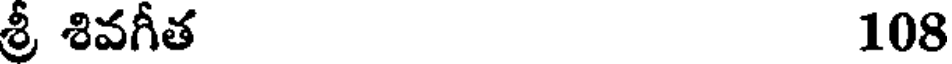
శ్రీ శివగీత 108